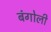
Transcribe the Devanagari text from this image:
बंगोली